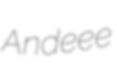
Andeee